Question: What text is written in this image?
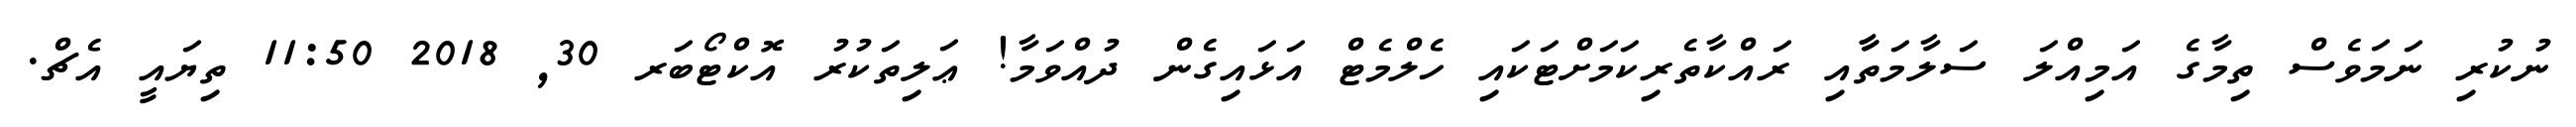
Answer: ނުކުރި ނަމަވެސް ތިމާގެ އަމިއްލަ ސަލާމަތާާއި ރައްކާތެރިކަމަށްޓަކައި ހެލްމެޓް އަޅައިގެން ދުއްވަމާ! ޢަލިތަކުރު އޮކްޓޯބަރ 30, 2018 11:50 ތިޔައީ އެޗް.